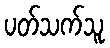
ပတ်သက်သူ